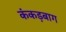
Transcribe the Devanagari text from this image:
कंकड़बाग